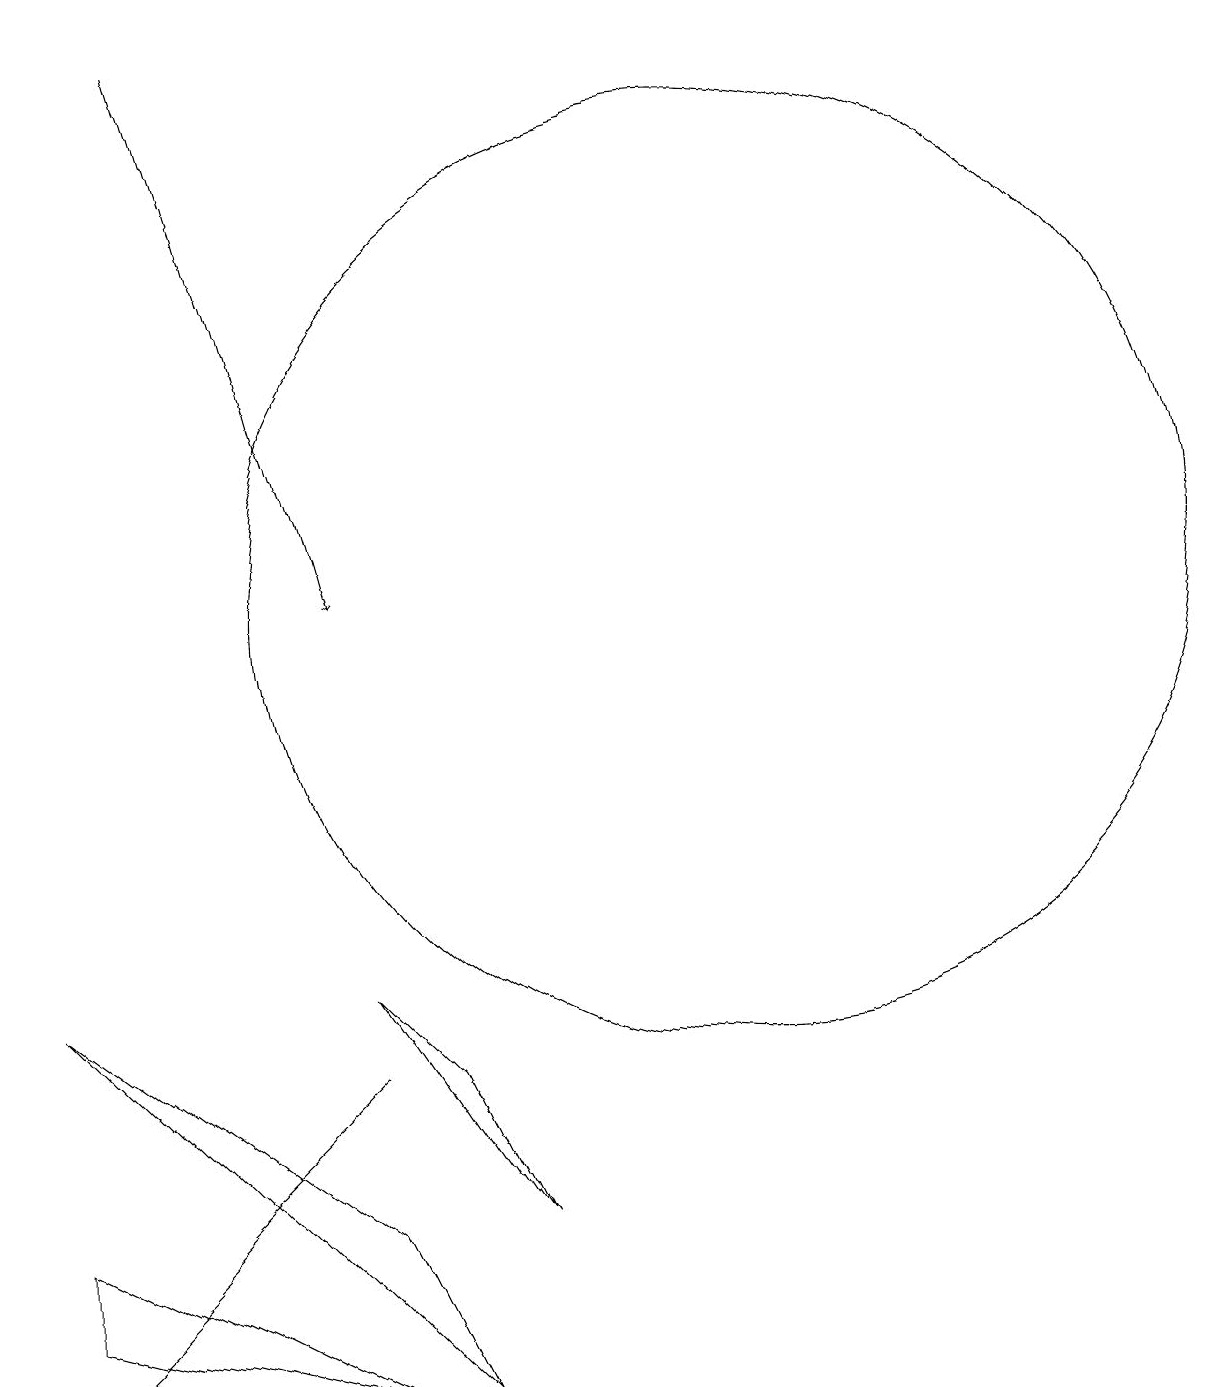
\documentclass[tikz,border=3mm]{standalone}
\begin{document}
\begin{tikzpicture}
\draw (7,4) -- (3,7) -- (8,2) -- cycle;
\draw (6,5) -- (7,6) -- (3,2) -- cycle;
\draw[->] (5,19) -- (7,12);
\draw (12,12) circle (6);
\draw (8,6) -- (9,4) -- (7,7) -- cycle;
\draw (7,2) -- (3,4) -- (3,3) -- cycle;
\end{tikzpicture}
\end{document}